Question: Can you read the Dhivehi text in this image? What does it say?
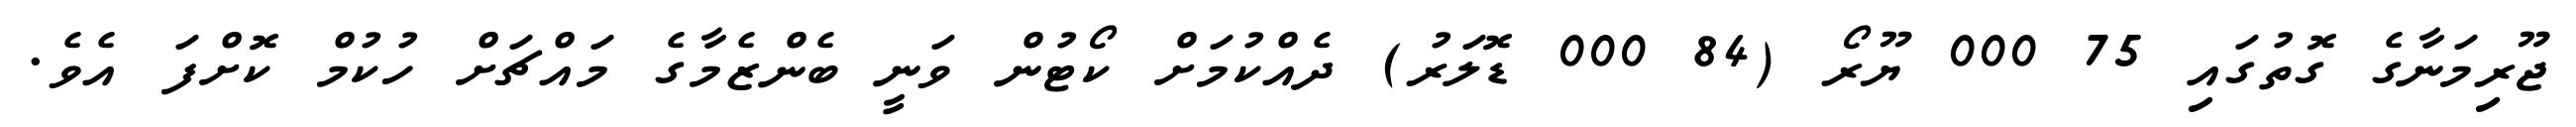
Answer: ޖޫރިމަނާގެ ގޮތުގައި 75 000 ޔޫރޯ (84 000 ޑޮލަރު) ދެއްކުމަށް ކޯޓުން ވަނީ ބެންޒެމާގެ މައްޗަށް ހުކުމް ކޮށްފަ އެވެ.